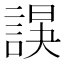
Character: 𧩍